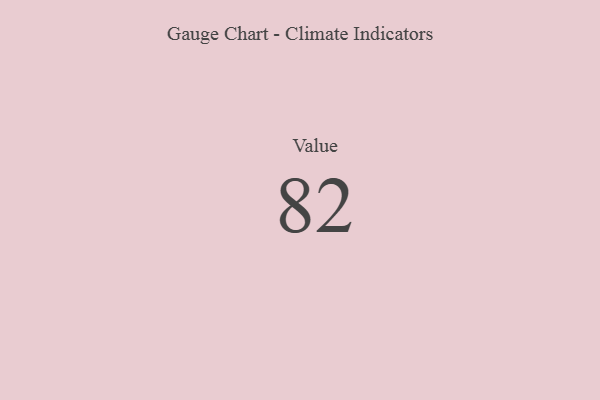
{"axis": {"x": "Metric", "y": "Value"}, "legend": [""], "data": [{"x": "Value", "y": 82, "type": ""}]}